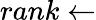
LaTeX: rank\leftarrow